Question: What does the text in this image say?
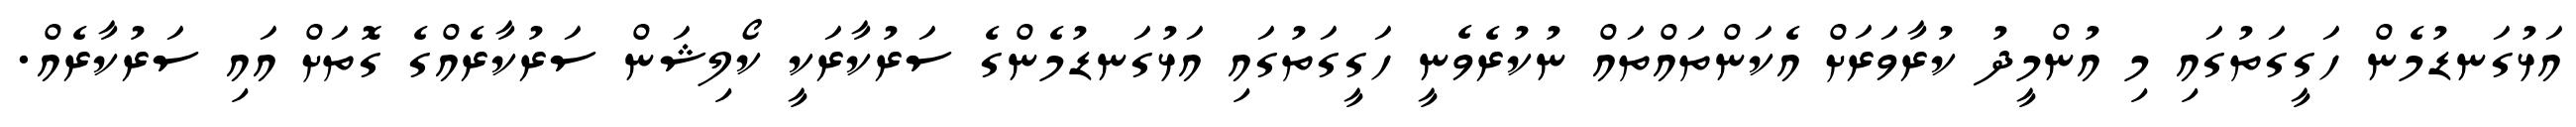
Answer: އަޅުގަނޑުމެން ހަގީގަތުގައި މި އުންމީދު ކުރާވަރަށް އެކަންތައްތައް ނުކުރެވެނީ ހަގީގަތުގައި އަޅުގަނޑުމެންގެ ސަރުކާރަކީ ކޯލިޝަން ސަރުކާރެއްގެ ގޮތަށް އައި ސަރުކާރެއް.